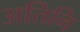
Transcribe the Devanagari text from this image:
अतिनि